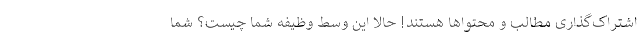
اشتراک‌گذاری مطالب و محتواها هستند! حالا این وسط وظیفه شما چیست؟ شما